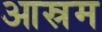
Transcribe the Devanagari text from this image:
आस्रम